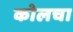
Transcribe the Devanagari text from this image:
कोलचा